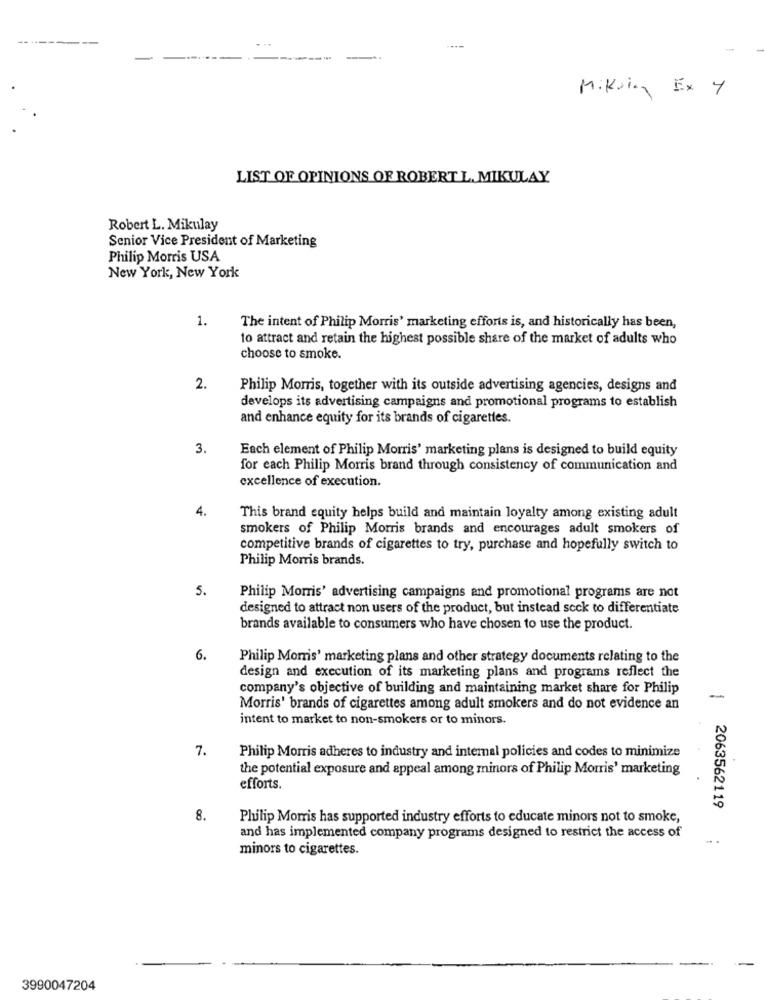
---
...
----
Mikola Ex 4
LIST OF OPINIONS OF ROBERT L. MIKULAY
Robert L. Mikulay
Senior Vice President of Marketing
Philip Morris USA
New York, New York
1.
The intent of Philip Morris' marketing efforts is, and historically has been,
to attract and retain the highest possible share of the market of adults who
choose to smoke.
2.
Philip Morris, together with its outside advertising agencies, designs and
develops its advertising campaigns and promotional programs to establish
and enhance equity for its brands of cigarettes.
3.
Each element of Philip Morris' marketing plans is designed to build equity
for each Philip Morris brand through consistency of communication and
excellence of execution.
4.
This brand equity helps build and maintain loyalty among existing adult
smokers of Philip Morris brands and encourages adult smokers of
competitive brands of cigarettes to try, purchase and hopefully switch to
Philip Morris brands.
5.
Philip Morris' advertising campaigns and promotional programs are not
designed to attract non users of the product, but instead seck to differentiate
brands available to consumers who have chosen to use the product.
6.
Philip Morris' marketing plans and other strategy documents relating to the
design and execution of its marketing plans and programs reflect the
company's objective of building and maintaining market share for Philip
-
Morris' brands of cigarettes among adult smokers and do not evidence an
intent to market to non-smokers or to minors.
7.
Philip Morris adheres to industry and internal policies and codes to minimize
the potential exposure and appeal among minors of Philip Morris' marketing
efforts.
2063562119
8.
Philip Morris has supported industry efforts to educate minors not to smoke,
and has implemented company programs designed to restrict the access of
minors to cigarettes.
3990047204